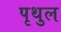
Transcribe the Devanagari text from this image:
पृथुल